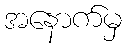
အနောက်မှ